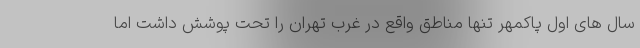
سال های اول پاکمهر تنها مناطق واقع در غرب تهران را تحت پوشش داشت اما